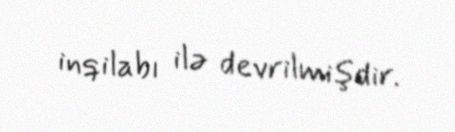
inqilabı ilə devrilmişdir.